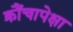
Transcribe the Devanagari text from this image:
क्रौंचापेक्षा